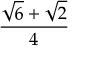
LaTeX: \frac { { \sqrt { 6 } } + { \sqrt { 2 } } } { 4 }